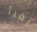
تقيأ